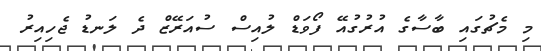
މި މެޗުގައި ބާސާގެ އުރުގުއޭ ފޯވަޑް ލުއިސް ސުއަރޭޒް ދެ ލަނޑު ޖެހިިއިރު